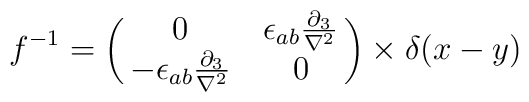
f^{-1} =\pmatrix{0  &  \epsilon_{ab}\frac{\partial_3}{\nabla^2} \cr  -\epsilon_{ab}\frac{\partial_3}{\nabla^2} & 0 } \times \delta (x-y)